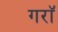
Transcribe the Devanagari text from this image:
गराॅ